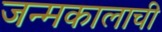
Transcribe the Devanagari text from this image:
जन्मकालाची